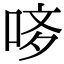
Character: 𠳻